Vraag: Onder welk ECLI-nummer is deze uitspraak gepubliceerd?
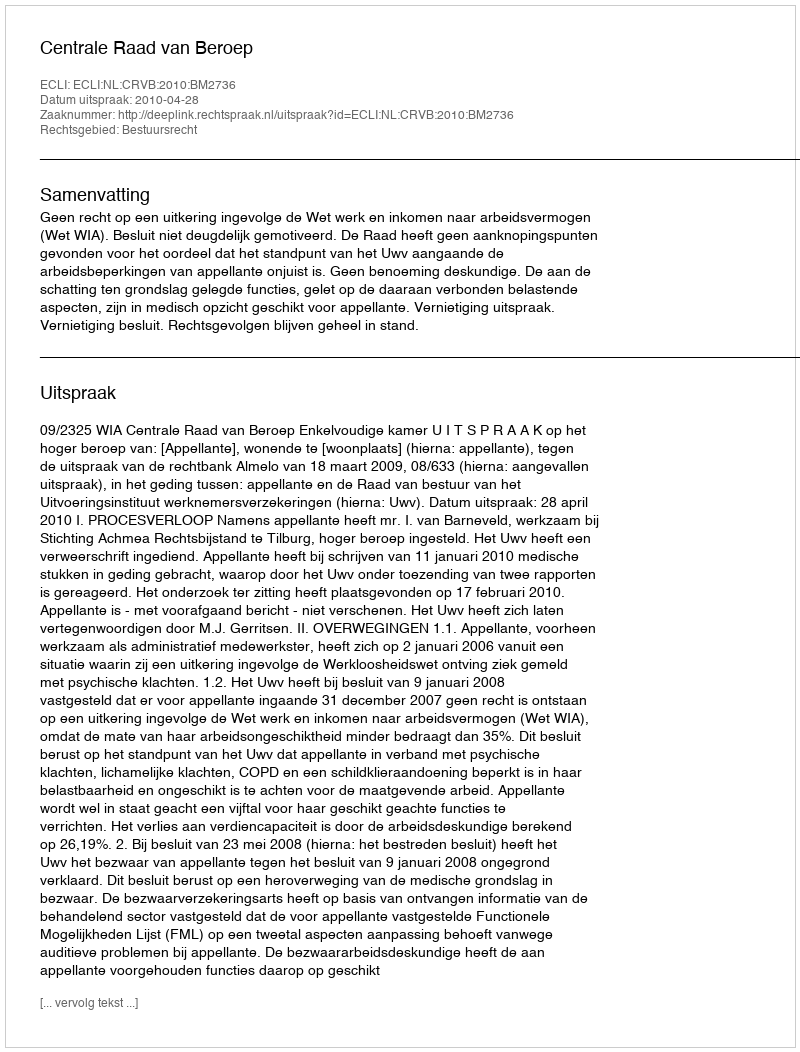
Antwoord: ECLI:NL:CRVB:2010:BM2736